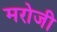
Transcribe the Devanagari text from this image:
मरोजी